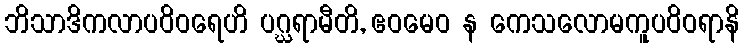
ဘိသာဒိကလာပဝိဝရေဟိ ပဂ္ဃရာမီတိ, ဧဝမေဝ န ကေသလောမကူပဝိဝရာနိ